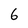
Character: 6